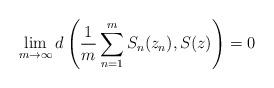
LaTeX: \begin{align*}\lim_{m\rightarrow \infty} d\left( \frac{1}{m} \sum_{n=1}^{m} S_{n}(z_{n}), S(z) \right) = 0 \end{align*}